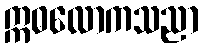
ဣဓလောကသညာ